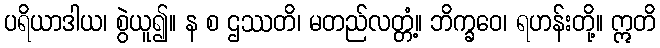
ပရိယာဒါယ၊ စွဲယူ၍။ န စ ဌဿတိ၊ မတည်လတ္တံ့။ ဘိက္ခဝေ၊ ရဟန်းတို့။ ဣတိ